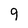
Character: 9